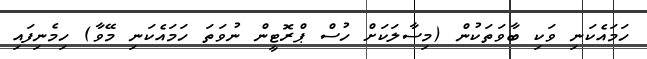
ހަމައެކަނި ވަކި ބާވަތަކުން (މިސާލަކަށް ހުސް ޕްރޮޓީން ނުވަތަ ހަމައެކަނި މޭވާ) ހިމެނިފައި